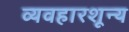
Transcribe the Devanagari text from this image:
व्यवहारशून्य